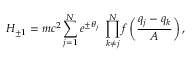
H _ { \pm 1 } = m c ^ { 2 } \sum _ { j = 1 } ^ { N } e ^ { \pm \theta _ { j } } \ \prod _ { k \not = j } ^ { N } f \left( \frac { q _ { j } - q _ { k } } { A } \right) ,